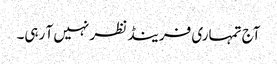
آج تمہاری فرینڈ نظر نہیں آ رہی۔